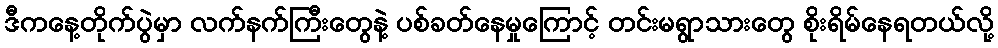
ဒီကနေ့တိုက်ပွဲမှာ လက်နက်ကြီးတွေနဲ့ ပစ်ခတ်နေမှုကြောင့် တင်းမရွာသားတွေ စိုးရိမ်နေရတယ်လို့